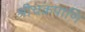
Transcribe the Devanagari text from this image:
श्रीचक्रपाणि